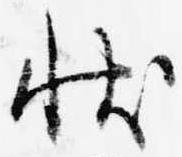
状